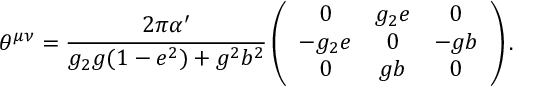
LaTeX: \theta ^ { \mu \nu } = \frac { 2 \pi \alpha ^ { \prime } } { g _ { 2 } g ( 1 - e ^ { 2 } ) + g ^ { 2 } b ^ { 2 } } \left( \begin{array} { c c c } { { 0 } } & { { g _ { 2 } e } } & { { 0 } } \\ { { - g _ { 2 } e } } & { { 0 } } & { { - g b } } \\ { { 0 } } & { { g b } } & { { 0 } } \end{array} \right) .